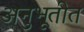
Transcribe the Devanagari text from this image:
अनुभूतीत